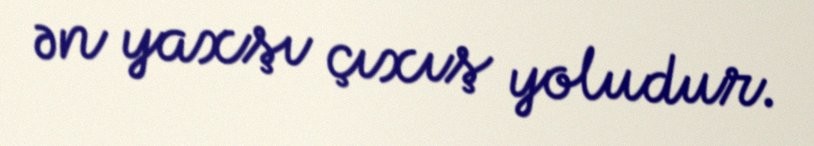
ən yaxşı çıxış yoludur.